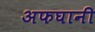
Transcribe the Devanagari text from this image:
अफघानी